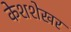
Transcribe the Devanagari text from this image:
केशशेखर